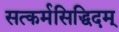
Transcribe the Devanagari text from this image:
सत्कर्मसिद्धिदम्